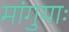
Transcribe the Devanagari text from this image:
मांगुयाः